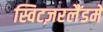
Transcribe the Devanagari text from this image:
स्विटज़रलैंडमें